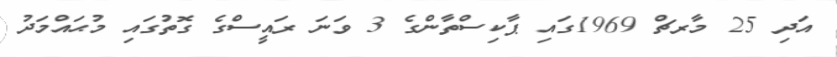
އަދި 25 މާރޗް 1969ގައި ޕާކިސްތާންގެ 3 ވަނަ ރައީސްގެ ގޮތުގައި މުޙައްމަދު